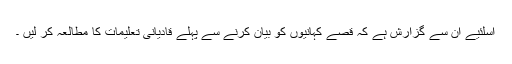
اسلئیے ان سے گزارش ہے کہ قصے کہانیوں کو بیان کرنے سے پہلے قادیانی تعلیمات کا مطالعہ کر لیں ۔